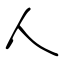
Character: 人